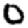
Digit: 0